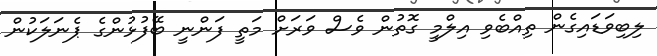
ލިބިވަޑައިގެން ތިއްބެވި އިލްމީ ގޮތުން ވެސް ވަރަށް މަތީ ފަންނީ ބޭފުޅުންގެ ޕެނަލަކުން